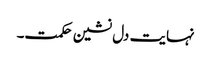
نہایت دل نشین حکمت۔